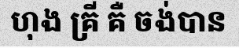
ហុង គ្រី គឺ ចង់បាន